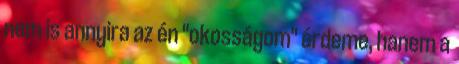
nem is annyira az én "okosságom" érdeme, hanem a